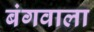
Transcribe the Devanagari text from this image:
बंगवाला